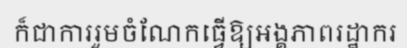
ក៏ជាការរួមចំណែកធ្វើឱ្យអង្គភាពរដ្ឋាករ